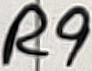
Text: R9